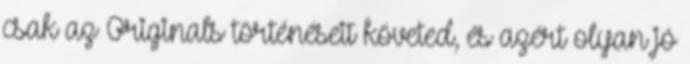
csak az Originals történéseit követed, és azért olyan jó